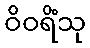
ဝိဝရိံသု